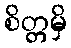
စိတ္တမှိ